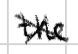
Text: the
Cross-out: mix
Writing tool: digital_black